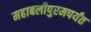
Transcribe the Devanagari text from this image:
महाबलीपुरमपर्यंत